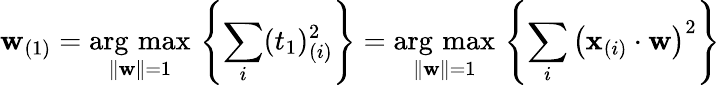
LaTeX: \mathbf{w}_{(1)}={\underset{\Vert\mathbf{w}\Vert=1}{\operatorname{\arg\, max}}}\, \left\{ \sum_{i}(t_{1})_{(i)}^{2}\right\} ={\underset{\Vert\mathbf{w}\Vert=1}{\operatorname{\arg\, max}}}\, \left\{ \sum_{i}\left(\mathbf{x}_{(i)}\cdot\mathbf{w}\right)^{2}\right\}